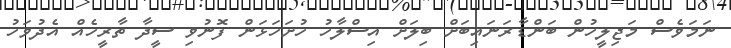
ނަމަވެސް މަޖިލީހުން ބަންޑާރަނައިބަށް ބިލަށް އިސްލާހު ހުށަހަޅަން ފޮނުވި ސީދާ ތާރީހެއް އެދުވަހު